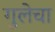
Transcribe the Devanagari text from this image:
गुलेचा